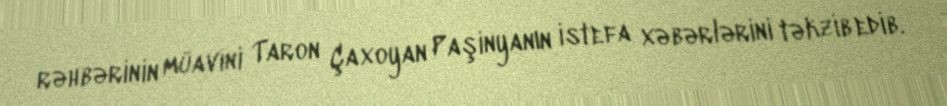
rəhbərinin müavini Taron Çaxoyan Paşinyanın istefa xəbərlərini təkzib edib.